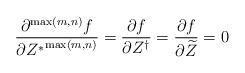
LaTeX: \begin{align*} \frac{\partial^{\max(m,n)}f}{\partial {Z^*}^{\max(m,n)}}= \frac{\partial f}{\partial Z^\dagger} = \frac{\partial f}{\partial \widetilde{Z}} =0 \end{align*}